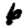
Digit: 6